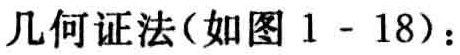
几何证法(如图 1 - 18)：